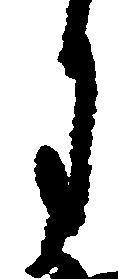
月